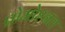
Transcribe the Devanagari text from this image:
प्रोमोश्नल